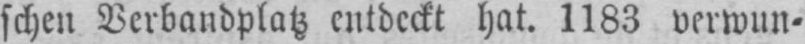
schen Verbandplatz entdeckt hat. 1183 verwun⸗